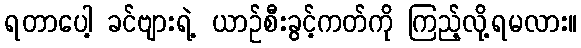
ရတာပေါ့ ခင်ဗျားရဲ့ ယာဉ်စီးခွင့်ကတ်ကို ကြည့်လို့ရမလား။